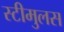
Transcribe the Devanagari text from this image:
स्टीमुलस